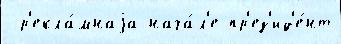
 р'екла́мнаjа нача́л'е пр'ез'ид'е́нт